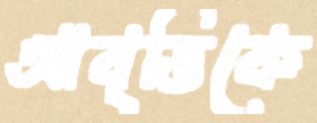
আবৃত্তিকে